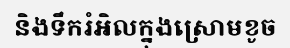
និងទឹករំអិលក្នុងស្រោមខូច